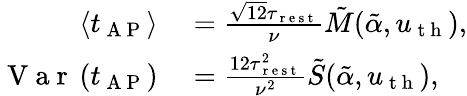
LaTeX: \begin{array}{rl}{\left\langle t_{\mathrm{~A~P~}}\right\rangle}&{{}=\frac{\sqrt{12}\tau_{\mathrm{~r~e~s~t~}}}{\nu}\tilde{M}(\tilde{\alpha},u_{\mathrm{~t~h~}}),}\\ {\mathrm{~V~a~r~}\left(t_{\mathrm{~A~P~}}\right)}&{{}=\frac{12\tau_{\mathrm{~r~e~s~t~}}^{2}}{\nu^{2}}\tilde{S}(\tilde{\alpha},u_{\mathrm{~t~h~}}),}\end{array}